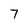
Character: 7